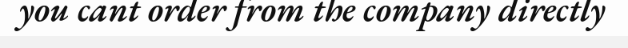
you cant order from the company directly